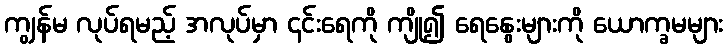
ကျွန်မ လုပ်ရမည့် အလုပ်မှာ ၎င်းရေကို ကျို၍ ရေနွေးများကို ယောက္ခမများ